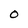
Character: O